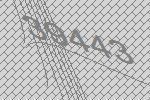
39443